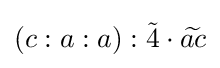
(c:a:a):{\tilde {4}}\cdot {\widetilde {ac}}